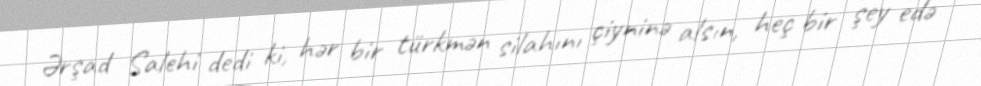
Ərşad Salehi dedi ki, hər bir türkmən silahını çiyninə alsın, heç bir şey edə